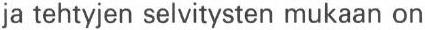
ja tehtyjen selvitysten mukaan on